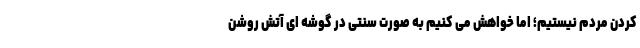
کردن مردم نیستیم؛ اما خواهش می کنیم به صورت سنتی در گوشه ای آتش روشن